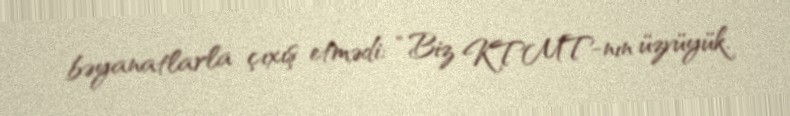
bəyanatlarla çıxış etmədi: “Biz KTMT-nın üzvüyük.